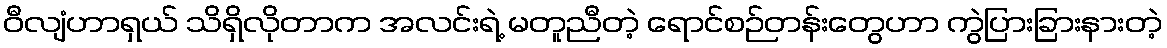
ဝီလျံဟာရှယ် သိရှိလိုတာက အလင်းရဲ့ မတူညီတဲ့ ရောင်စဉ်တန်းတွေဟာ ကွဲပြားခြားနားတဲ့